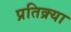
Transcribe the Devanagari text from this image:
प्रतिक्र्या